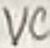
Text: VC